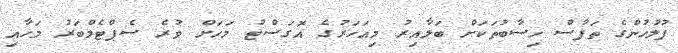
ފުލުހުންގެ ތަފާސް ހިސާބުތަކަށް ބަލާއިރު މިއަހަރުގެ އޮގަސްޓު މަހަށް ވުރެ ސެޕްޓެމްބަރު މަހާއި